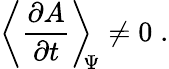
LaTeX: \left\langle\frac{\partial A}{\partial t}\right\rangle_{\scriptstyle\! \! \Psi}\neq 0\; .